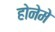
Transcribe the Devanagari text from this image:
होनेमे